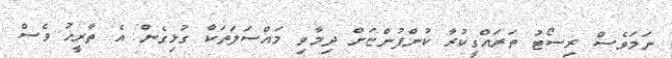
ނަމަވެސް ރިސޯޓު ތަރައްގީކުރާ ކުންފުންޏަށް ދިމާވި މައްސަލަތަކާ ގުޅިގެން އެ ތާރީޚު ވެސް